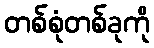
တစ်စုံတစ်ခုကို